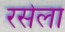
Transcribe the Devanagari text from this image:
रसेला